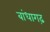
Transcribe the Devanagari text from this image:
बांधागढ़